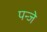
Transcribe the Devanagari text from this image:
पन्जे